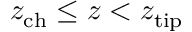
z _ { \mathrm { c h } } \leq z < z _ { \mathrm { t i p } }